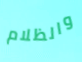
والظلام